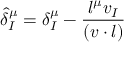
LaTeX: \hat { \delta } _ { I } ^ { \mu } = \delta _ { I } ^ { \mu } - { \frac { l ^ { \mu } v _ { I } } { ( v \cdot l ) } }